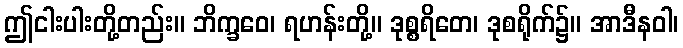
ဤငါးပါးတို့တည်း။ ဘိက္ခဝေ၊ ရဟန်းတို့။ ဒုစ္စရိတေ၊ ဒုစရိုက်၌။ အာဒီနဝါ၊